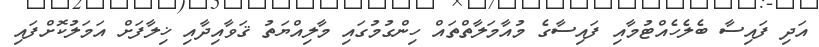
އަދި ފައިސާ ބެލެހެއްޓުމާއި ފައިސާގެ މުއާމަލާތްތައް ހިންގުމުގައި މާލިއްޔަތު ޤަވާއިދާއި ޚިލާފަށް އަމަލުކޮށްފައި